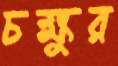
চক্ষুর